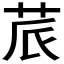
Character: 𮎬